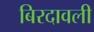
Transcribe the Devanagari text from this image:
बिरदावली